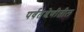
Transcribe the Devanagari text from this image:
पर्वतश्रेणीतील